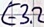
Text: E3.2